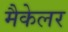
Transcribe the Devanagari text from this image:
मैकेलर